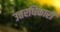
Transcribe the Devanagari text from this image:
उत्तरधिकारी